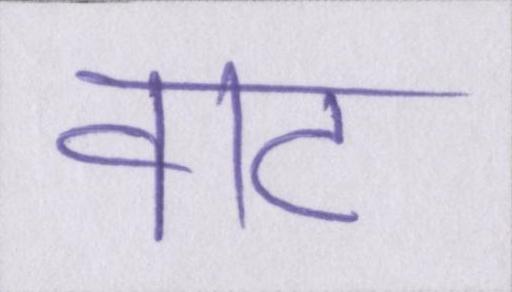
वाट